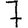
Digit: 7